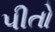
પીતો